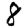
Digit: 8